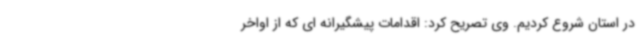
در استان شروع کردیم. وی تصریح کرد: اقدامات پیشگیرانه ای که از اواخر